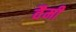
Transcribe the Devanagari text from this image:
वैमी